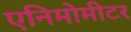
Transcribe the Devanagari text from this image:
एनिमोमीटर